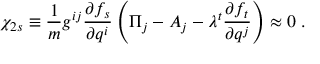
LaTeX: \chi _ { 2 s } \equiv \frac { 1 } { m } g ^ { i j } \frac { \partial f _ { s } } { \partial q ^ { i } } \left( \Pi _ { j } - A _ { j } - \lambda ^ { t } \frac { \partial f _ { t } } { \partial q ^ { j } } \right) \approx 0 \; .